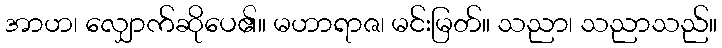
အာဟ၊ လျှောက်ဆိုပေ၏။ မဟာရာဇ၊ မင်းမြတ်။ သညာ၊ သညာသည်။